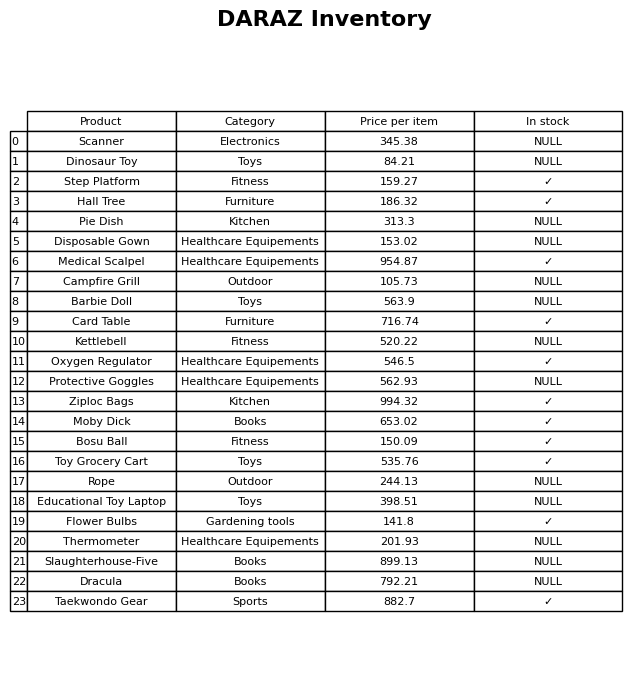
question: Is the Dinosaur Toy in stock?
answer: NULL